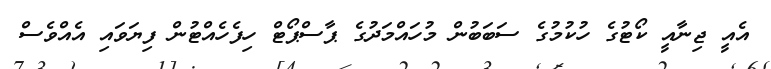
އެއީ ޖިނާއީ ކޯޓުގެ ހުކުމުގެ ސަބަބުން މުހައްމަދުގެ ޕާސްޕޯޓް ހިފެހެއްޓުން ފިޔަވައި އެއްވެސް